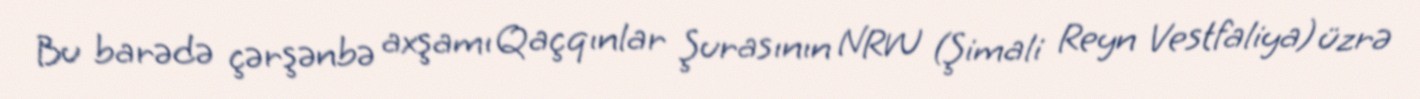
Bu barədə çərşənbə axşamı Qaçqınlar Şurasının NRW (Şimali Reyn Vestfaliya) üzrə